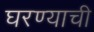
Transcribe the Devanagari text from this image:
घरण्याची